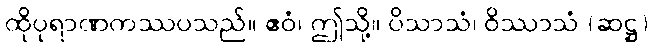
ထိုပုရာဏကဿပသည်။ ဧဝံ၊ ဤသို့။ ပိသာသံ၊ ဝိဿာသံ (ဆဋ္ဌ)